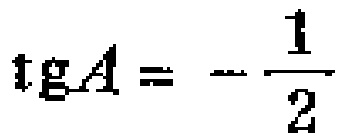
\(\operatorname{tg}A = -\frac{1}{2}\)